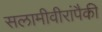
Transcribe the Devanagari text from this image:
सलामीवीरांपैकी